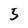
Character: 5